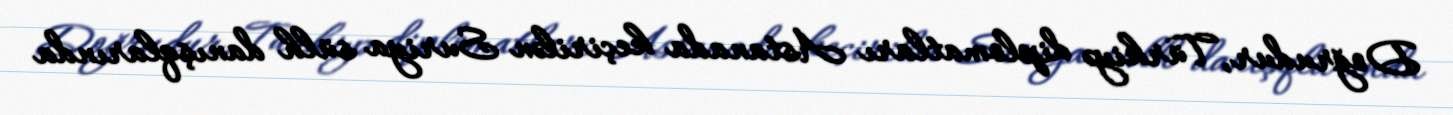
Doğrudur, Türkiyə diplomatları Astanada keçirilən Suriya sülh danışqlarında